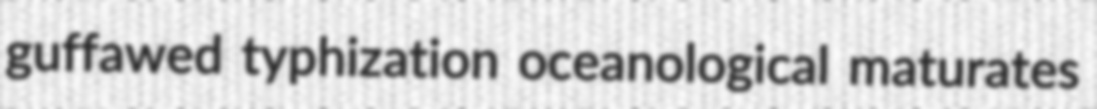
guffawed typhization oceanological maturates